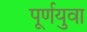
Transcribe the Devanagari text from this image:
पूर्णयुवा